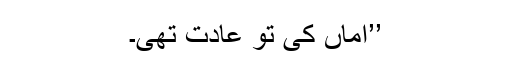
’’اماں کی تو عادت تھی۔